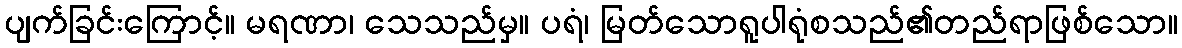
ပျက်ခြင်းကြောင့်။ မရဏာ၊ သေသည်မှ။ ပရံ၊ မြတ်သောရူပါရုံစသည်၏တည်ရာဖြစ်သော။